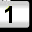
Digit: 1